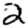
Digit: 2